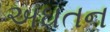
અઘતન